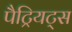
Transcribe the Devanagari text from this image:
पैट्रियट्स